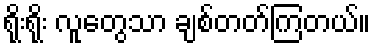
ရိုးရိုး လူတွေသာ ချစ်တတ်ကြတယ်။